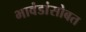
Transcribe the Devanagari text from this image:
भावंडांसोबत